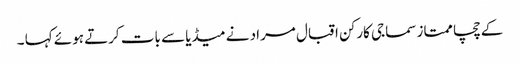
کے چچا ممتاز سماجی کارکن اقبال مراد نے میڈیا سے بات کرتے ہوئے کہا ۔